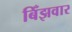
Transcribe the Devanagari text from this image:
बिँझवार